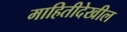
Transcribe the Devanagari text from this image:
माहितीदेखील